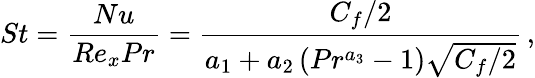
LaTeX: St=\frac{Nu}{Re_{x}Pr}=\frac{C_{f}/2}{a_{1}+a_{2}\left(Pr^{a_{3}}-1\right)\sqrt{C_{f}/2}}\, ,